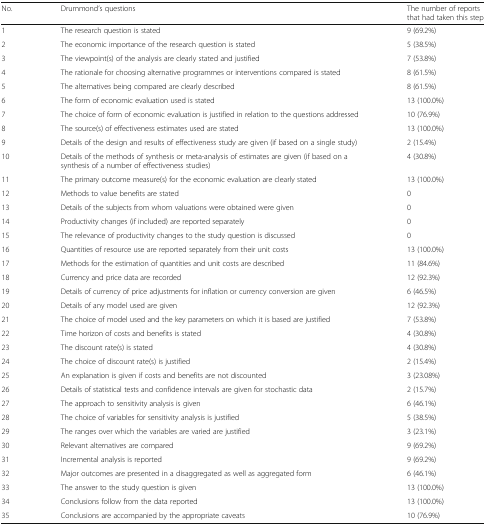
<table><thead><tr><td><b>No.</b></td><td><b>Drummond’s questions</b></td><td><b>The number of reports that had taken this step</b></td></tr></thead><tbody><tr><td>1</td><td>The research question is stated</td><td>9 (69.2%)</td></tr><tr><td>2</td><td>The economic importance of the research question is stated</td><td>5 (38.5%)</td></tr><tr><td>3</td><td>The viewpoint(s) of the analysis are clearly stated and justified</td><td>7 (53.8%)</td></tr><tr><td>4</td><td>The rationale for choosing alternative programmes or interventions compared is stated</td><td>8 (61.5%)</td></tr><tr><td>5</td><td>The alternatives being compared are clearly described</td><td>8 (61.5%)</td></tr><tr><td>6</td><td>The form of economic evaluation used is stated</td><td>13 (100.0%)</td></tr><tr><td>7</td><td>The choice of form of economic evaluation is justified in relation to the questions addressed</td><td>10 (76.9%)</td></tr><tr><td>8</td><td>The source(s) of effectiveness estimates used are stated</td><td>13 (100.0%)</td></tr><tr><td>9</td><td>Details of the design and results of effectiveness study are given (if based on a single study)</td><td>2 (15.4%)</td></tr><tr><td>10</td><td>Details of the methods of synthesis or meta-analysis of estimates are given (if based on a synthesis of a number of effectiveness studies)</td><td>4 (30.8%)</td></tr><tr><td>11</td><td>The primary outcome measure(s) for the economic evaluation are clearly stated</td><td>13 (100.0%)</td></tr><tr><td>12</td><td>Methods to value benefits are stated</td><td>0</td></tr><tr><td>13</td><td>Details of the subjects from whom valuations were obtained were given</td><td>0</td></tr><tr><td>14</td><td>Productivity changes (if included) are reported separately</td><td>0</td></tr><tr><td>15</td><td>The relevance of productivity changes to the study question is discussed</td><td>0</td></tr><tr><td>16</td><td>Quantities of resource use are reported separately from their unit costs</td><td>13 (100.0%)</td></tr><tr><td>17</td><td>Methods for the estimation of quantities and unit costs are described</td><td>11 (84.6%)</td></tr><tr><td>18</td><td>Currency and price data are recorded</td><td>12 (92.3%)</td></tr><tr><td>19</td><td>Details of currency of price adjustments for inflation or currency conversion are given</td><td>6 (46.5%)</td></tr><tr><td>20</td><td>Details of any model used are given</td><td>12 (92.3%)</td></tr><tr><td>21</td><td>The choice of model used and the key parameters on which it is based are justified</td><td>7 (53.8%)</td></tr><tr><td>22</td><td>Time horizon of costs and benefits is stated</td><td>4 (30.8%)</td></tr><tr><td>23</td><td>The discount rate(s) is stated</td><td>4 (30.8%)</td></tr><tr><td>24</td><td>The choice of discount rate(s) is justified</td><td>2 (15.4%)</td></tr><tr><td>25</td><td>An explanation is given if costs and benefits are not discounted</td><td>3 (23.08%)</td></tr><tr><td>26</td><td>Details of statistical tests and confidence intervals are given for stochastic data</td><td>2 (15.7%)</td></tr><tr><td>27</td><td>The approach to sensitivity analysis is given</td><td>6 (46.1%)</td></tr><tr><td>28</td><td>The choice of variables for sensitivity analysis is justified</td><td>5 (38.5%)</td></tr><tr><td>29</td><td>The ranges over which the variables are varied are justified</td><td>3 (23.1%)</td></tr><tr><td>30</td><td>Relevant alternatives are compared</td><td>9 (69.2%)</td></tr><tr><td>31</td><td>Incremental analysis is reported</td><td>9 (69.2%)</td></tr><tr><td>32</td><td>Major outcomes are presented in a disaggregated as well as aggregated form</td><td>6 (46.1%)</td></tr><tr><td>33</td><td>The answer to the study question is given</td><td>13 (100.0%)</td></tr><tr><td>34</td><td>Conclusions follow from the data reported</td><td>13 (100.0%)</td></tr><tr><td>35</td><td>Conclusions are accompanied by the appropriate caveats</td><td>10 (76.9%)</td></tr></tbody></table>